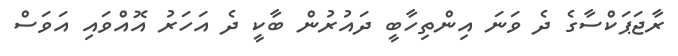
ރާޖަޕަކްސާގެ ދެ ވަނަ އިންތިހާބީ ދައުރުން ބާކީ ދެ އަހަރު އޮއްވައި އަވަސް